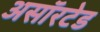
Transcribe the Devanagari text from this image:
असॉरटेड